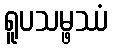
ရူပသမ္ဖဿံ